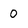
Character: 0